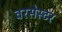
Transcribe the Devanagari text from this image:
वरसेस्टर